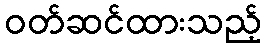
ဝတ်ဆင်ထားသည့်